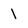
Character: 1